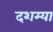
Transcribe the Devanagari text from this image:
दशम्या